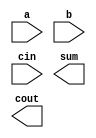
// adder subtractor 
module add16 ( 
    input[15:0] a, 
    input[15:0] b, 
    input cin, 
    output[15:0] sum, 
    output cout 
    );    
endmodule


module top_module(
    input [31:0] a,
    input [31:0] b,
    input sub,
    output [31:0] sum
    );

    reg [31:0] bF;
    wire addL16_cout;

    always @(*) begin
        if (sub == 1'b0) begin
        bF = b;
        end
        else if (sub == 1'b1) begin
        bF =  {32{sub}} ^b; //Use a 32-bit wide XOR gate to invert the b input whenever sub is 1. (This can also be viewed as b[31:0] XORed with sub replicated 32 times
        end
    end

    add16 addL16(
        .a(a[15:0]),
        .b(bF[15:0]),
        .cin(sub),
        .cout(addL16_cout),
        .sum(sum[15:0])
    );

    add16 addU16(
        .a(a[31:16]),
        .b(bF[31:16]),
        .cin(addL16_cout),
        .sum(sum[31:16])
    );

endmodule